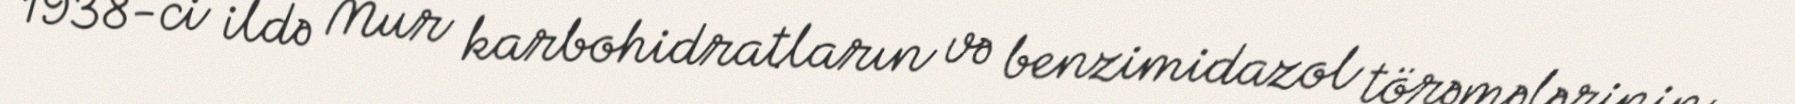
1938-ci ildə Mur karbohidratların və benzimidazol törəmələrinin